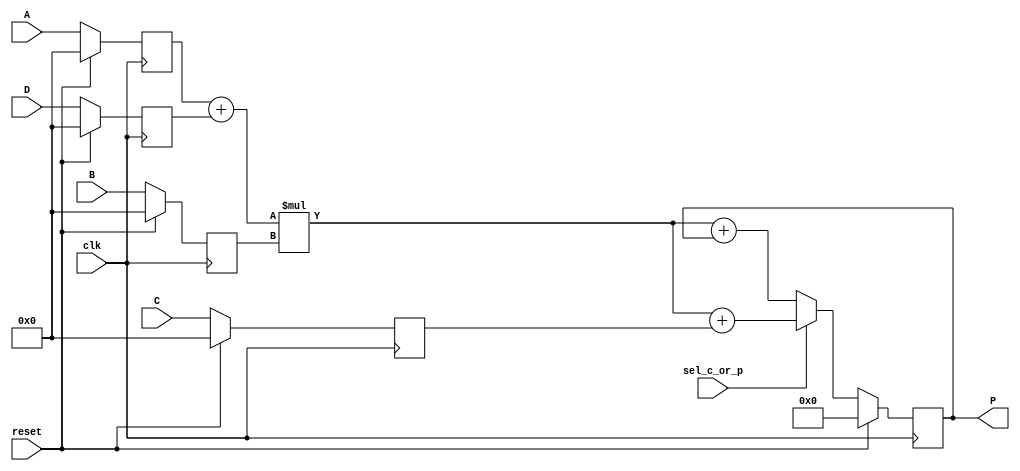
module dsp_multiplier_accum_with_add (clk, reset, sel_c_or_p, A, B, C, D, P);
	input clk, reset, sel_c_or_p;
	input signed [31:0] A, B, C, D;
	output reg signed [63:0] P;
	reg signed [31:0] i1, i2, i3, i4;
	reg signed [63:0] mul, add, add2;
	always @(posedge clk) begin
		if(reset == 1) begin
			i1 <= 0;
			i2 <= 0;
			i3 <= 0;
			i4 <= 0;
		end
		else begin
			i1 <= A;
			i2 <= B;
			i3 <= C;
			i4 <= D;
		end
	end
	always @(posedge clk) begin
		if (reset ==1 )
			P <= 0;
		else
			P<= add2;
	end

	always @ (*)  begin
		add = i1 + i4;
		mul  = add * i2;
	end
	always @ (*)  begin
		if (sel_c_or_p)
			add2 = mul + i3;
		else
			add2 = mul + P;
	end
endmodule